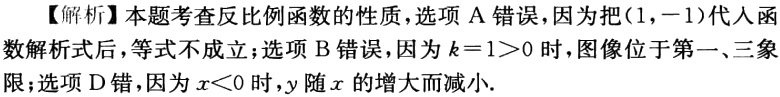
【解析】本题考查反比例函数的性质,选项 A 错误，因为把$(1,-1)$代入函数解析式后，等式不成立；选项 B 错误，因为$k = 1>0$时，图像位于第一、三象限；选项 D 错误，因为$x<0$时，$y$随$x$的增大而减小.